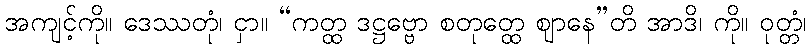
အကျင့်ကို။ ဒေဿတုံ၊ ငှာ။ “ကတ္ထ ဒဋ္ဌဗ္ဗော စတုတ္ထေ ဈာနေ”တိ အာဒိ၊ ကို။ ဝုတ္တံ၊